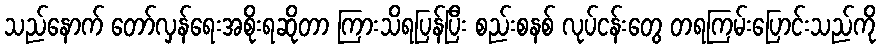
သည်နောက် တော်လှန်ရေးအစိုးရဆိုတာ ကြားသိရပြန်ပြီး စည်းစနစ် လုပ်ငန်းတွေ တရကြမ်းပြောင်းသည်ကို